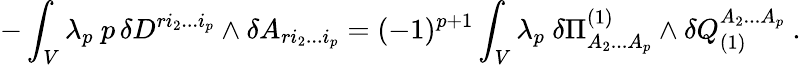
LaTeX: -\int_{V}\lambda_{p}\ p\, \delta D^{ri_{2}...i_{p}}\wedge\delta A_{ri_{2}...i_{p}}=(-1)^{p+1}\int_{V}\lambda_{p}\ \delta\Pi_{A_{2}...A_{p}}^{(1)}\wedge\delta Q_{(1)}^{A_{2}...A_{p}}\ .